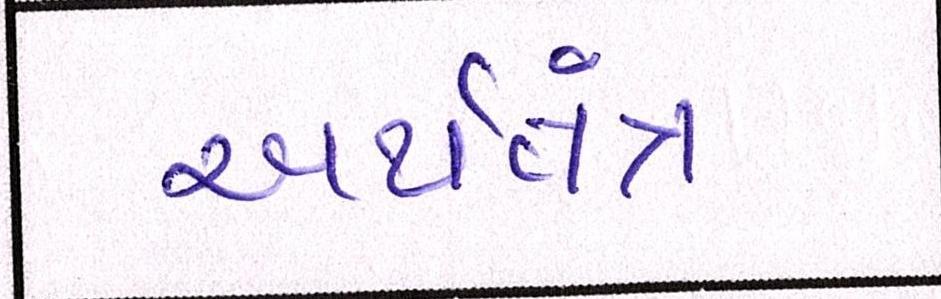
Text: અર્થતંત્ર